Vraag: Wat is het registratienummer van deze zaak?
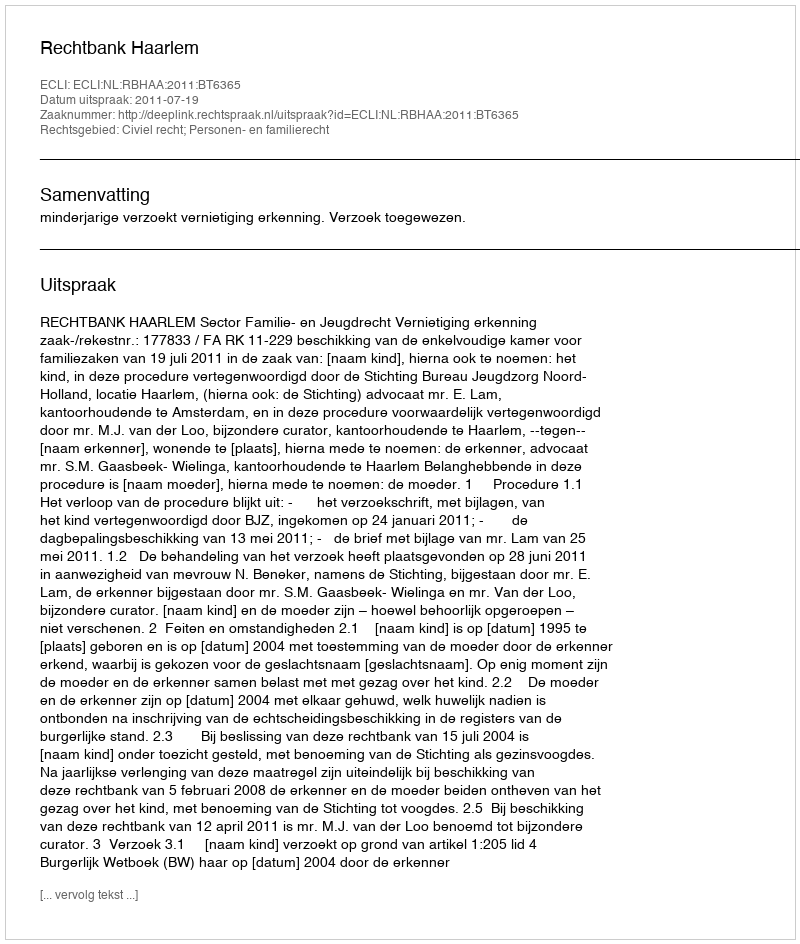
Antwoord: http://deeplink.rechtspraak.nl/uitspraak?id=ECLI:NL:RBHAA:2011:BT6365